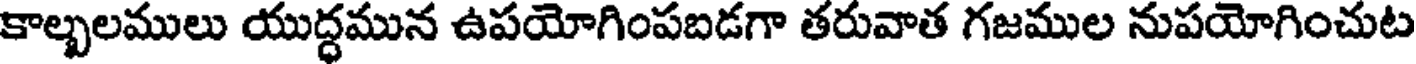
కాల్బలములు యుద్ధమున ఉపయోగింపబడగా తరువాత గజముల నుపయోగించుట